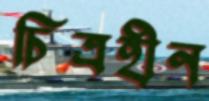
চিত্রহীন